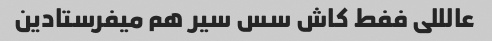
عالللی ففط کاش سس سیر هم میفرستادین